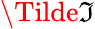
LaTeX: \Tilde{\mathfrak{I}}